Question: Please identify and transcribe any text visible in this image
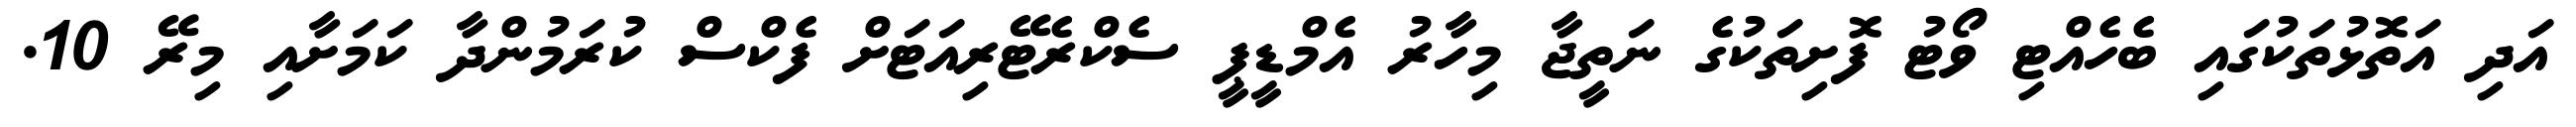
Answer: އަދި އަތޮޅުތަކުގައި ބެހެއްޓި ވޯޓު ފޮށިތަކުގެ ނަތީޖާ މިހާރު އެމްޑީޕީ ސެކްރެޓޭރިއަޓަށް ފެކްސް ކުރަމުންދާ ކަމަށާއި މިރޭ 10.